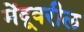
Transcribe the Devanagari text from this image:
मेंदूवरील